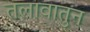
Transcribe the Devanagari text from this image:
तलावातुन